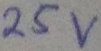
Text: 25v